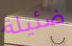
ضئيلة